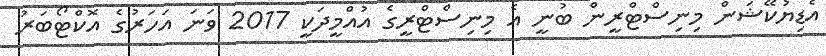
އެޑިޔުކޭޝަން މިނިސްޓްރީން ބުނީ އެ މިނިސްޓްރީގެ އުއްމީދަކީ 2017 ވަނަ އަހަރުގެ އޮކްޓޯބަރު